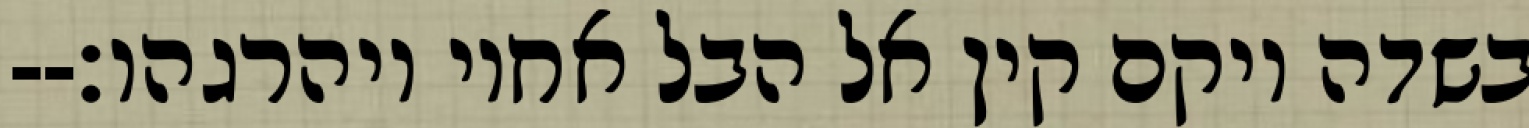
בשדה ויקם קין אל הבל אחיו ויהרגהו׃--